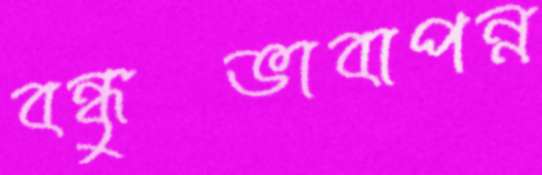
বন্ধুভাবাপন্ন